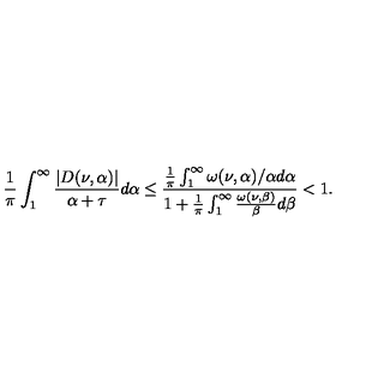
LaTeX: \frac { 1 } { \pi } \int _ { 1 } ^ { \infty } \frac { | D ( \nu , \alpha ) | } { \alpha + \tau } d \alpha \leq \frac { \frac { 1 } { \pi } \int _ { 1 } ^ { \infty } \omega ( \nu , \alpha ) / \alpha d \alpha } { 1 + \frac { 1 } { \pi } \int _ { 1 } ^ { \infty } \frac { \omega ( \nu , \beta ) } { \beta } d \beta } < 1 .